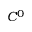
C ^ { 0 }